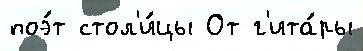
поэ́т стол'и́цы От г'ита́ры